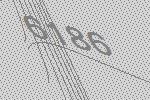
6186